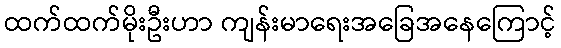
ထက်ထက်မိုးဦးဟာ ကျန်းမာရေးအခြေအနေကြောင့်